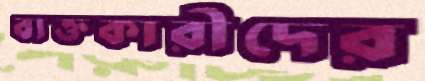
ব্যক্তকারীদের